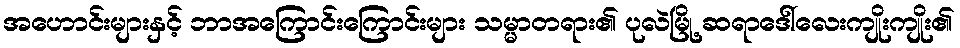
အဟောင်းများနှင့် ဘာအကြောင်းကြောင်းများ သမ္မာတရား၏ ပုလဲမြို့ ဆရာဒေါ်လေးကျိုးကျိုး၏